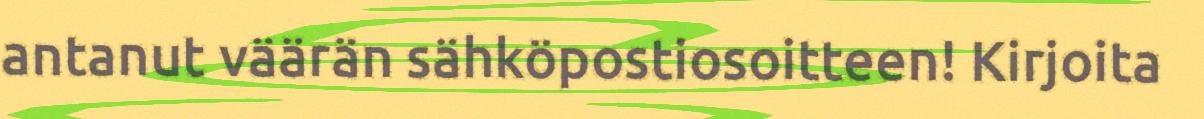
antanut väärän sähköpostiosoitteen! Kirjoita